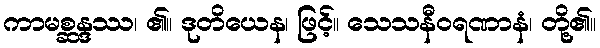
ကာမစ္ဆန္ဒဿ၊ ၏။ ဒုတိယေန၊ ဖြင့်။ သေသနီဝရဏာနံ၊ တို့၏။